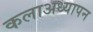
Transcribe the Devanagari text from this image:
कलाअध्यापन